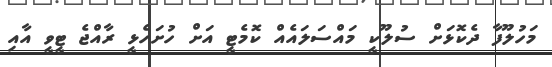
މަހުލޫފާ ދެކޮޅަށް ސުލޫކީ މައްސަލައެއް ކޮމެޓީ އަށް ހުށަހެޅީ ރާއްޖެ ޓީވީ އާއި